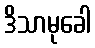
ဒိသာမုခေါ